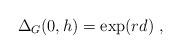
LaTeX: \begin{align*} \Delta_G(0,h) = \exp(rd)~, \end{align*}